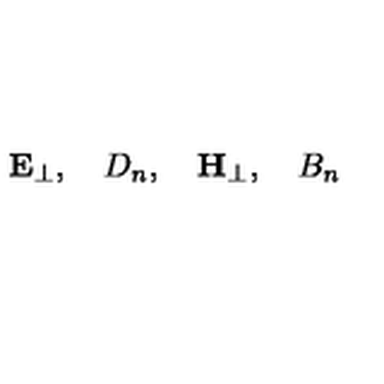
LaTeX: { \bf E } _ { \perp } , \quad D _ { n } , \quad { \bf H } _ { \perp } , \quad B _ { n }